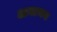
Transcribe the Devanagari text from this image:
अनाथन